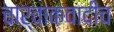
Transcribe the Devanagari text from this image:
चार्वाकवादीच